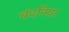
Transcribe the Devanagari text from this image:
चंदनिया